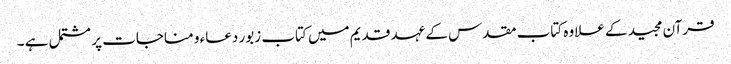
قرآن مجید کے علاوہ کتاب مقدس کے عہد قدیم میں کتاب زبور دعاء و مناجات پر مشتمل ہے ۔